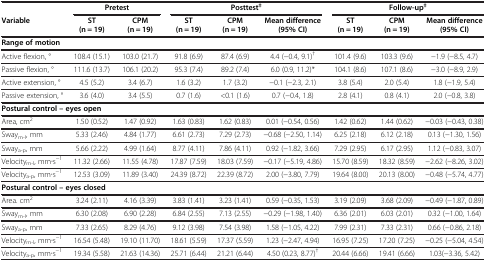
<table><thead><tr><td><b> </b></td><td colspan="2"><b>Pretest</b></td><td colspan="3"><b>Posttest<sup>‡</sup></b></td><td colspan="3"><b>Follow-up<sup>‡</sup></b></td></tr><tr><td><b>Variable</b></td><td><b>ST</b></td><td><b>CPM</b></td><td><b>ST</b></td><td><b>CPM</b></td><td><b>Mean difference</b></td><td><b>ST</b></td><td><b>CPM</b></td><td><b>Mean difference</b></td></tr><tr><td><b> </b></td><td><b>(n = 19)</b></td><td><b>(n = 19)</b></td><td><b>(n = 19)</b></td><td><b>(n = 19)</b></td><td><b>(95% CI)</b></td><td><b>(n = 19)</b></td><td><b>(n = 19)</b></td><td><b>(95% CI)</b></td></tr></thead><tbody><tr><td colspan="2"><b>Range of motion</b></td><td> </td><td> </td><td> </td><td> </td><td> </td><td> </td><td> </td></tr><tr><td>Active flexion, °</td><td>108.4 (15.1)</td><td>103.0 (21.7)</td><td>91.8 (6.9)</td><td>87.4 (6.9)</td><td>4.4 (−0.4, 9.1)<sup>†</sup></td><td>101.4 (9.6)</td><td>103.3 (9.6)</td><td>−1.9 (−8.5, 4.7)</td></tr><tr><td>Passive flexion, °</td><td>111.6 (13.7)</td><td>106.1 (20.2)</td><td>95.3 (7.4)</td><td>89.2 (7.4)</td><td>6.0 (0.9, 11.2)*</td><td>104.1 (8.6)</td><td>107.1 (8.6)</td><td>−3.0 (−8.9, 2.9)</td></tr><tr><td>Active extension, °</td><td>4.5 (5.2)</td><td>3.4 (6.7)</td><td>1.6 (3.2)</td><td>1.7 (3.2)</td><td>−0.1 (−2.3, 2.1)</td><td>3.8 (5.4)</td><td>2.0 (5.4)</td><td>1.8 (−1.9, 5.4)</td></tr><tr><td>Passive extension, °</td><td>3.6 (4.0)</td><td>3.4 (5.5)</td><td>0.7 (1.6)</td><td>&lt;0.1 (1.6)</td><td>0.7 (−0.4, 1.8)</td><td>2.8 (4.1)</td><td>0.8 (4.1)</td><td>2.0 (−0.8, 3.8)</td></tr><tr><td colspan="3"><b>Postural control – eyes open</b></td><td> </td><td> </td><td> </td><td> </td><td> </td><td> </td></tr><tr><td>Area, cm<sup>2</sup></td><td>1.50 (0.52)</td><td>1.47 (0.92)</td><td>1.63 (0.83)</td><td>1.62 (0.83)</td><td>0.01 (−0.54, 0.56)</td><td>1.42 (0.62)</td><td>1.44 (0.62)</td><td>−0.03 (−0.43, 0.38)</td></tr><tr><td>Sway<sub>m-l</sub>, mm</td><td>5.33 (2.46)</td><td>4.84 (1.77)</td><td>6.61 (2.73)</td><td>7.29 (2.73)</td><td>−0.68 (−2.50, 1.14)</td><td>6.25 (2.18)</td><td>6.12 (2.18)</td><td>0.13 (−1.30, 1.56)</td></tr><tr><td>Sway<sub>a-p</sub>, mm</td><td>5.66 (2.22)</td><td>4.99 (1.64)</td><td>8.77 (4.11)</td><td>7.86 (4.11)</td><td>0.92 (−1.82, 3.66)</td><td>7.29 (2.95)</td><td>6.17 (2.95)</td><td>1.12 (−0.83, 3.07)</td></tr><tr><td>Velocity<sub>m-l</sub>, mm∙s<sup>−1</sup></td><td>11.32 (2.66)</td><td>11.55 (4.78)</td><td>17.87 (7.59)</td><td>18.03 (7.59)</td><td>−0.17 (−5.19, 4.86)</td><td>15.70 (8.59)</td><td>18.32 (8.59)</td><td>−2.62 (−8.26, 3.02)</td></tr><tr><td>Velocity<sub>a-p</sub>, mm∙s<sup>−1</sup></td><td>12.53 (3.09)</td><td>11.89 (3.40)</td><td>24.39 (8.72)</td><td>22.39 (8.72)</td><td>2.00 (−3.80, 7.79)</td><td>19.64 (8.00)</td><td>20.13 (8.00)</td><td>−0.48 (−5.74, 4.77)</td></tr><tr><td colspan="3"><b>Postural control – eyes closed</b></td><td> </td><td> </td><td> </td><td> </td><td> </td><td> </td></tr><tr><td>Area. cm<sup>2</sup></td><td>3.24 (2.11)</td><td>4.16 (3.39)</td><td>3.83 (1.41)</td><td>3.23 (1.41)</td><td>0.59 (−0.35, 1.53)</td><td>3.19 (2.09)</td><td>3.68 (2.09)</td><td>−0.49 (−1.87, 0.89)</td></tr><tr><td>Sway<sub>m-l</sub>, mm</td><td>6.30 (2.08)</td><td>6.90 (2.28)</td><td>6.84 (2.55)</td><td>7.13 (2.55)</td><td>−0.29 (−1.98, 1.40)</td><td>6.36 (2.01)</td><td>6.03 (2.01)</td><td>0.32 (−1.00, 1.64)</td></tr><tr><td>Sway<sub>a-p</sub>, mm</td><td>7.33 (2.65)</td><td>8.29 (4.76)</td><td>9.12 (3.98)</td><td>7.54 (3.98)</td><td>1.58 (−1.05, 4.22)</td><td>7.99 (2.31)</td><td>7.33 (2.31)</td><td>0.66 (−0.86, 2.18)</td></tr><tr><td>Velocity<sub>m-l</sub>, mm∙s<sup>−1</sup></td><td>16.54 (5.48)</td><td>19.10 (11.70)</td><td>18.61 (5.59)</td><td>17.37 (5.59)</td><td>1.23 (−2.47, 4.94)</td><td>16.95 (7.25)</td><td>17.20 (7.25)</td><td>−0.25 (−5.04, 4.54)</td></tr><tr><td>Velocity<sub>a-p</sub>, mm∙s<sup>−1</sup></td><td>19.34 (5.58)</td><td>21.63 (14.36)</td><td>25.71 (6.44)</td><td>21.21 (6.44)</td><td>4.50 (0.23, 8.77)<sup>†</sup></td><td>20.44 (6.66)</td><td>19.41 (6.66)</td><td>1.03(−3.36, 5.42)</td></tr></tbody></table>